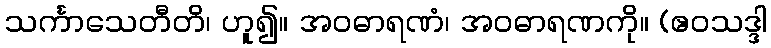
သင်္ကာသေတီတိ၊ ဟူ၍။ အဝဓာရဏံ၊ အဝဓာရဏကို။ (ဧဝသဒ္ဒါ